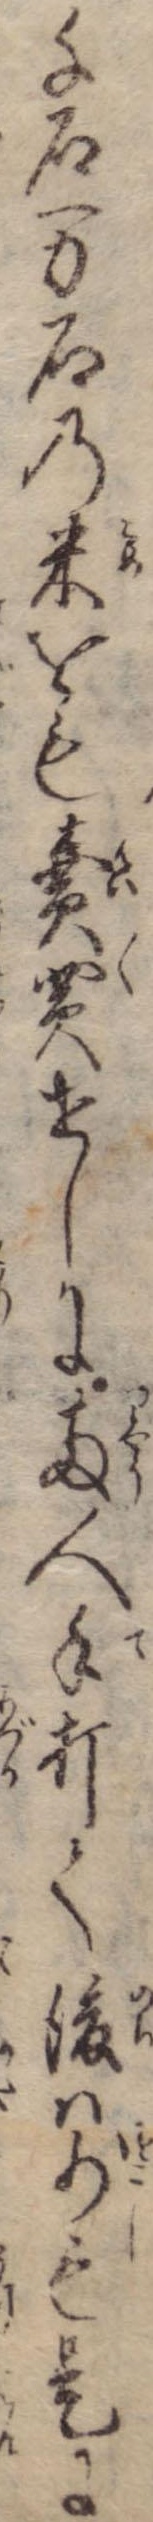
千石万石の米をも売買せしに両人手打て後は少も是に